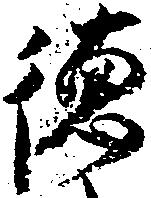
徳